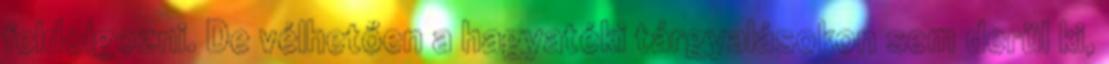
feldolgozni. De vélhetően a hagyatéki tárgyalásokon sem derül ki,